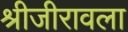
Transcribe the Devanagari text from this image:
श्रीजीरावला